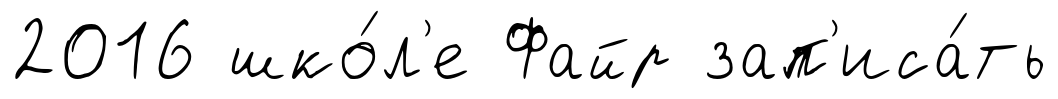
2016 шко́л'е Файр зап'иса́ть